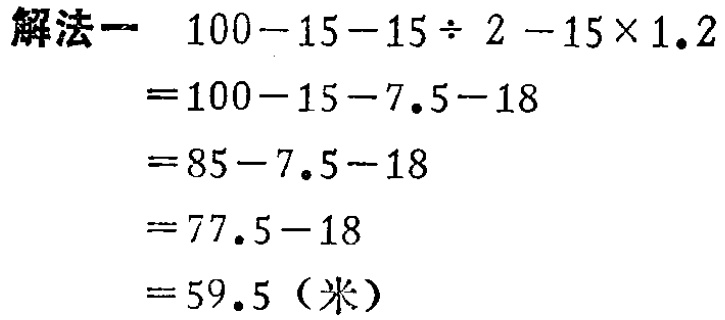
```
解法一 \(100 - 15 - 15\div 2 - 15\times 1.2\)
\(=100 - 15 - 7.5 - 18\)
\(=85 - 7.5 - 18\)
\(=77.5 - 18\)
\(=59.5\)（米）
```